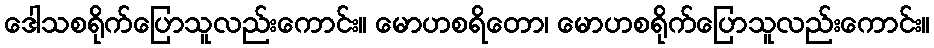
ဒေါသစရိုက်ပြောသူလည်းကောင်း။ မောဟစရိတော၊ မောဟစရိုက်ပြောသူလည်းကောင်း။